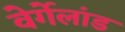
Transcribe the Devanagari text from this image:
वेर्गेलांड